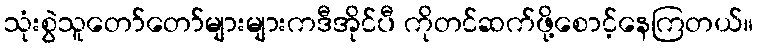
သုံးစွဲသူတော်တော်များများကဒီအိုင်ပီ ကိုတင်ဆက်ဖို့စောင့်နေကြတယ်။